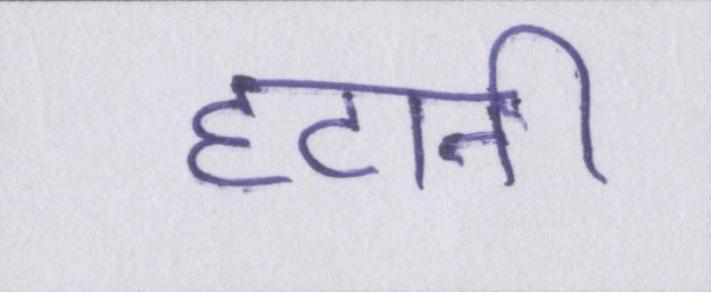
हटानी